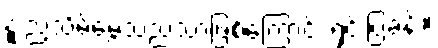
နူးညံ့သိမ်မွေ့သည်သာဖြစ်ကြောင်း ရှင်းပြခန်း။